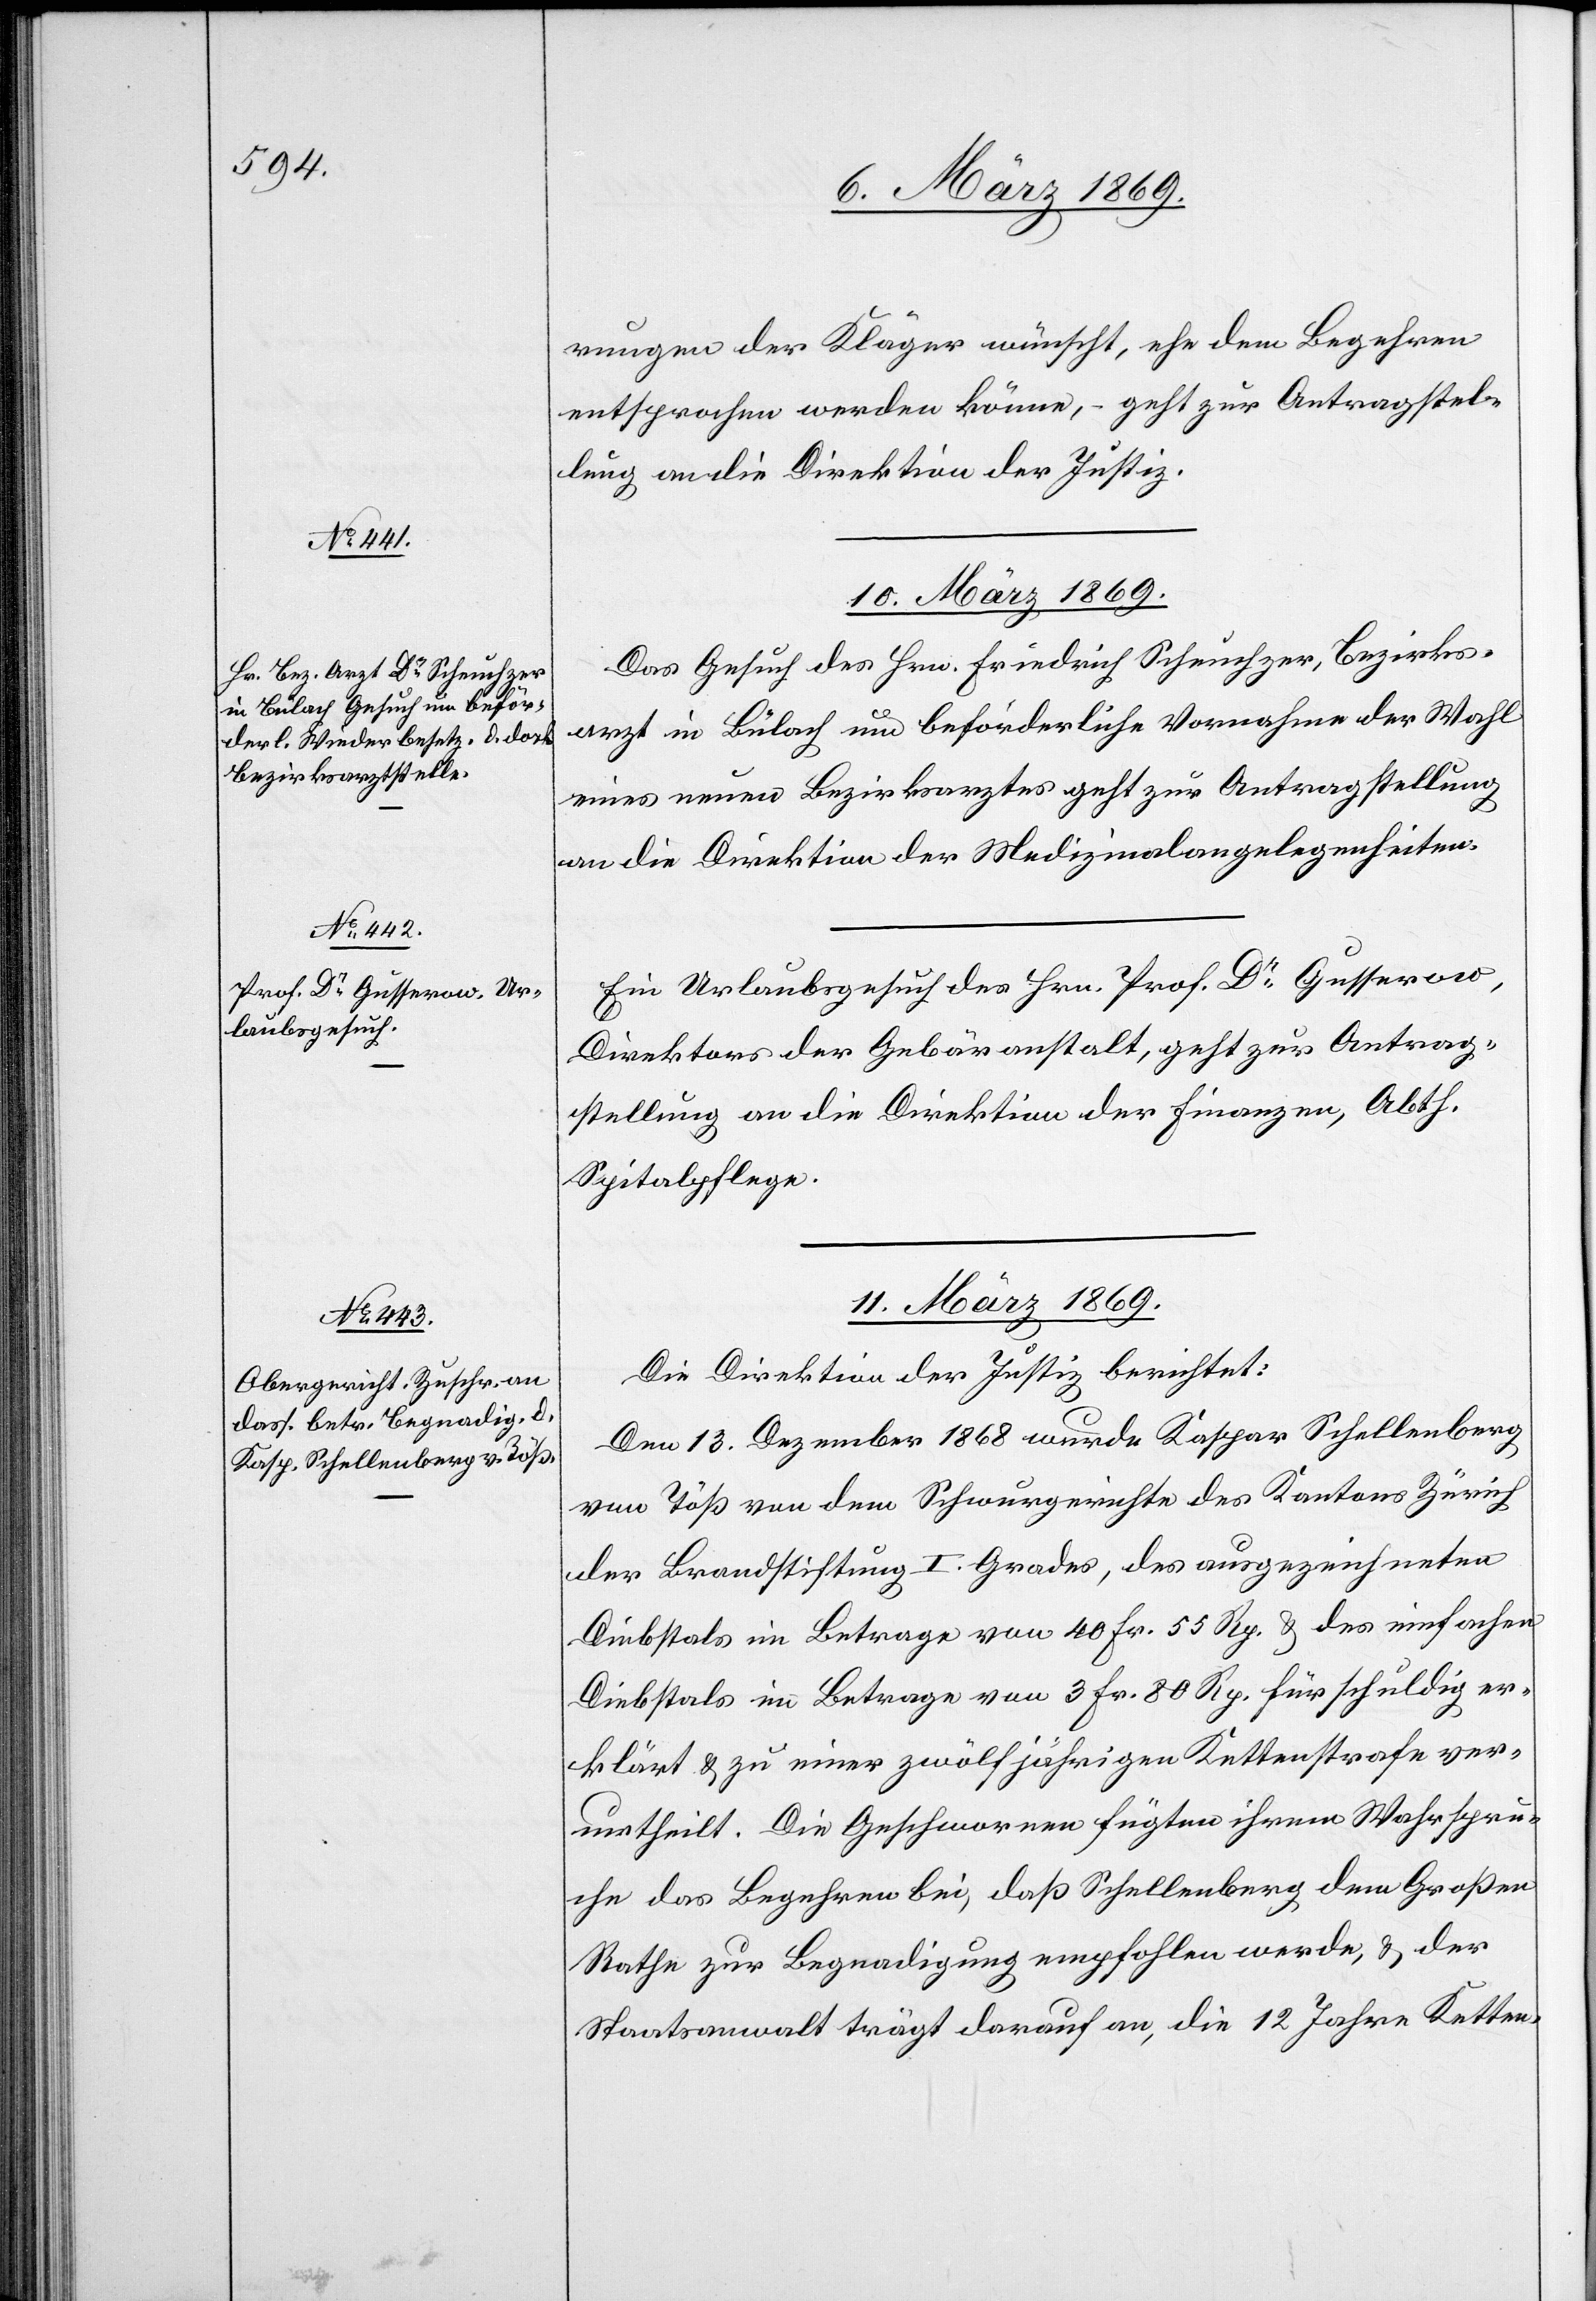
rungen der Kläger wünscht, ehe dem Begehren
entsprochen werden könne, – geht zur Antragstel¬
lung an die Direktion der Justiz.
10. März 1869.]
Das Gesuch des Hrn. Friedrich Scheuchzer, Bezirks¬
arzt in Bülach um beförderliche Vornahme der Wahl
eines neuen Bezirksarztes geht zur Antragstellung
an die Direktion der Medizinalangelegenheiten.
Ein Urlaubsgesuch des Hrn. Prof. Dr Gusserow,
Direktor der Gebäranstalt, geht zur Antrag¬
stellung an die Direktion der Finanzen, Abth.
Spitalpflege.
11. März 1869.
Die Direktion der Justiz berichtet:
Den 13. Dezember 1868 wurde Kaspar Schellenberg
von Töß von dem Schwurgerichte des Kantons Zürich
der Brandstiftung I. Grades, des ausgezeichneten
Diebstals im Betrage von 40 Fr. 55 Rp. & des einfachen
Diebstals im Betrage von 3 Fr. 80 Rp. für schuldig er¬
klärt & zu einer zwölfjährigen Kettenstrafe ver¬
urtheilt. Die Geschworenen fügten ihrem Wahrspru¬
che das Begehren bei, daß Schellenberg dem Großen
Rathe zur Begnadigung empfohlen werde, & der
Staatsanwalt trägt darauf an, die 12 Jahre Ketten-